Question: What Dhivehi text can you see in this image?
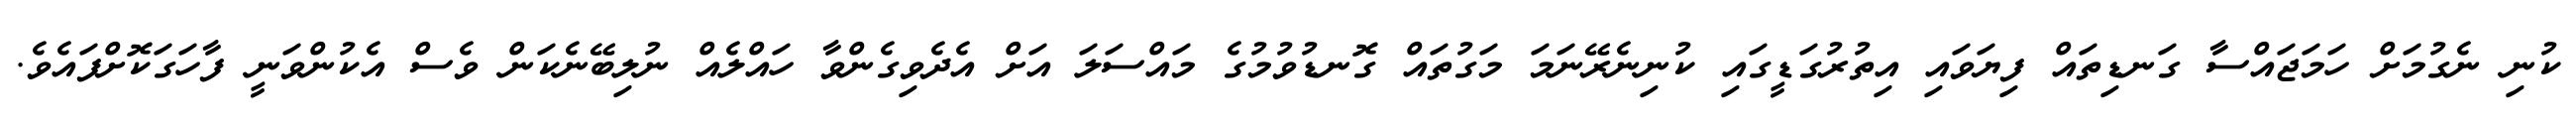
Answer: ކުނި ނެގުމަށް ހަމަޖައްސާ ގަނޑިތައް ފިޔަވައި އިތުރުގަޑީގައި ކުނިނެރޭނަމަ މަގުތައް ގޮނޑުވުމުގެ މައްސަލަ އަށް އެދެވިގެންވާ ހައްލެއް ނުލިބޭނެކަން ވެސް އެކުންވަނީ ފާހަގަކޮށްފައެވެ.